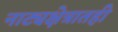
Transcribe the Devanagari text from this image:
नाट्यक्षेत्रातही